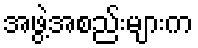
အဖွဲ့အစည်းများက